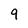
Character: 9